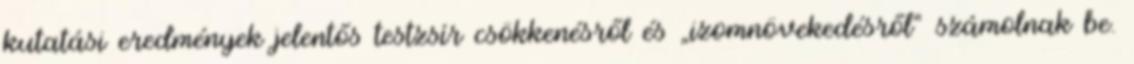
kutatási eredmények jelentős testzsír csökkenésről és „izomnövekedésről“ számolnak be.